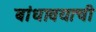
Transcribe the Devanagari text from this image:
बांधावयाची